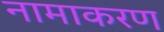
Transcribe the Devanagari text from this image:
नामाकरण्‍ा